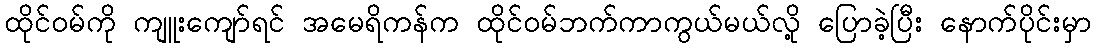
ထိုင်ဝမ်ကို ကျူးကျော်ရင် အမေရိကန်က ထိုင်ဝမ်ဘက်ကာကွယ်မယ်လို့ ပြောခဲ့ပြီး နောက်ပိုင်းမှာ